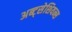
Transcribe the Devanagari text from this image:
अब्ट्सेशियन्स